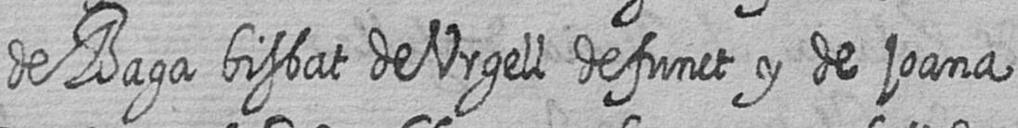
de Baga bisbat de Urgell defunct y de joana